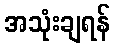
အသုံးချရန်